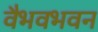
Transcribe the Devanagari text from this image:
वैभवभवन